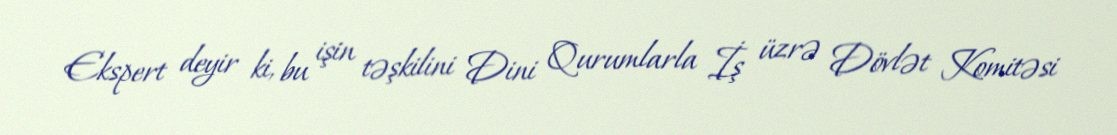
Ekspert deyir ki, bu işin təşkilini Dini Qurumlarla İş üzrə Dövlət Komitəsi